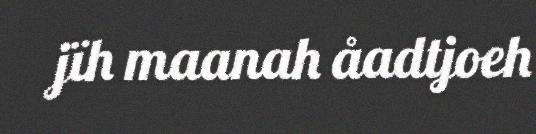
jïh maanah åadtjoeh